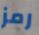
رمز